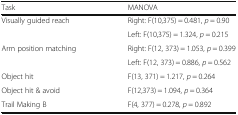
<table><thead><tr><td><b>Task</b></td><td><b>MANOVA</b></td></tr></thead><tbody><tr><td rowspan="2">Visually guided reach</td><td>Right: F(10,375) = 0.481, <i>p</i> = 0.90</td></tr><tr><td>Left: F(10,375) = 1.324, <i>p</i> = 0.215</td></tr><tr><td rowspan="2">Arm position matching</td><td>Right: F(12, 373) = 1.053, <i>p</i> = 0.399</td></tr><tr><td>Left: F(12, 373) = 0.886, <i>p</i> = 0.562</td></tr><tr><td>Object hit</td><td>F(13, 371) = 1.217, <i>p</i> = 0.264</td></tr><tr><td>Object hit &amp; avoid</td><td>F(12,373) = 1.094, <i>p</i> = 0.364</td></tr><tr><td>Trail Making B</td><td>F(4, 377) = 0.278, <i>p</i> = 0.892</td></tr></tbody></table>